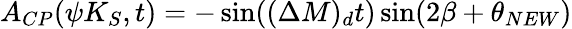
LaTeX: A_{CP}(\psi K_{S},t)=-\sin((\Delta M)_{d}t)\sin(2\beta+\theta_{NEW})